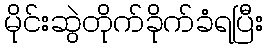
မိုင်းဆွဲတိုက်ခိုက်ခံရပြီး